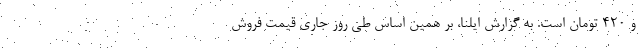
و ۴۲۰ تومان است. به گزارش ایلنا، بر همین‌ اساس طی روز جاری قیمت فروش